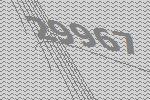
29967